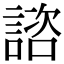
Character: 諮